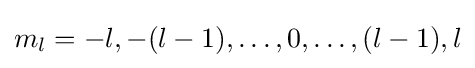
m_{l}=-l,-(l-1),\ldots ,0,\ldots ,(l-1),l